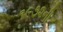
૧૯૭૨ની